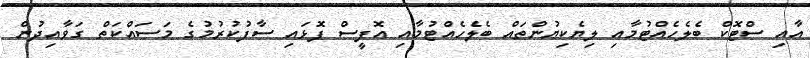
އާއި ސްޓޮކް ބެލެހެއްޓުމާއި ލިޔެކިޔުންތައް ބެލެހެއްޓުމާއި އޮފީސް ފޮޅައި ސާފުކުރުމުގެ މަސައްކަތް ގަވާއިދުން